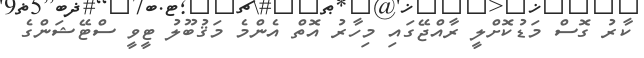
ކާރު ގޮސް މަޑުކޮށްލީ ރާއްޖޭގައި މިހާރު އޮތް އެންމެ މަޤުބޫލު ޓީވީ ސްޓޭޝަންގެ